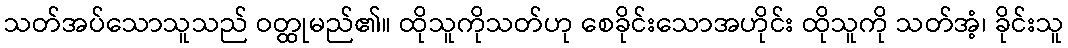
သတ်အပ်သောသူသည် ဝတ္ထုမည်၏။ ထိုသူကိုသတ်ဟု စေခိုင်းသောအဟိုင်း ထိုသူကို သတ်အံ့၊ ခိုင်းသူ